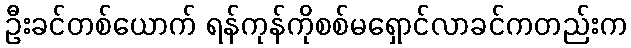
ဦးခင်တစ်ယောက် ရန်ကုန်ကိုစစ်မရှောင်လာခင်ကတည်းက